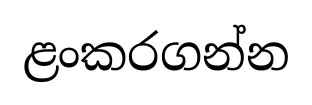
ළංකරගන්න